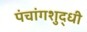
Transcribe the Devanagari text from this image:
पंचांगशुद्धी